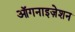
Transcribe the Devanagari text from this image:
ऑगनाइज़ेशन